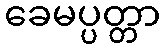
ခေမပ္ပတ္တာ